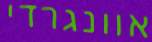
אוונגרדי